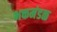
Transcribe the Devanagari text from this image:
भक्तमंडळ